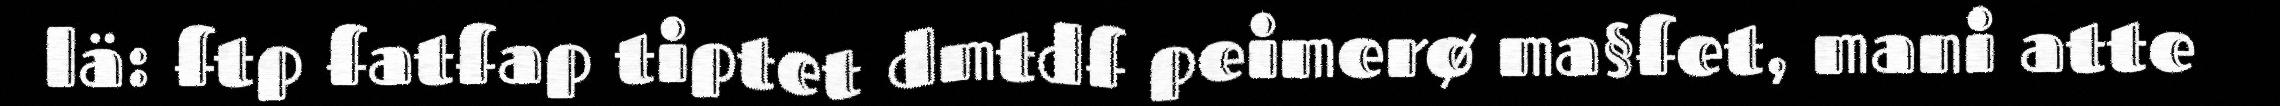
lä: ftp fatfap tiptet dmtdf peimerø ma§fet, mani atte